Senior Leaving Certificate Examination (including Day School Certificate (Higher) General paper), 1949
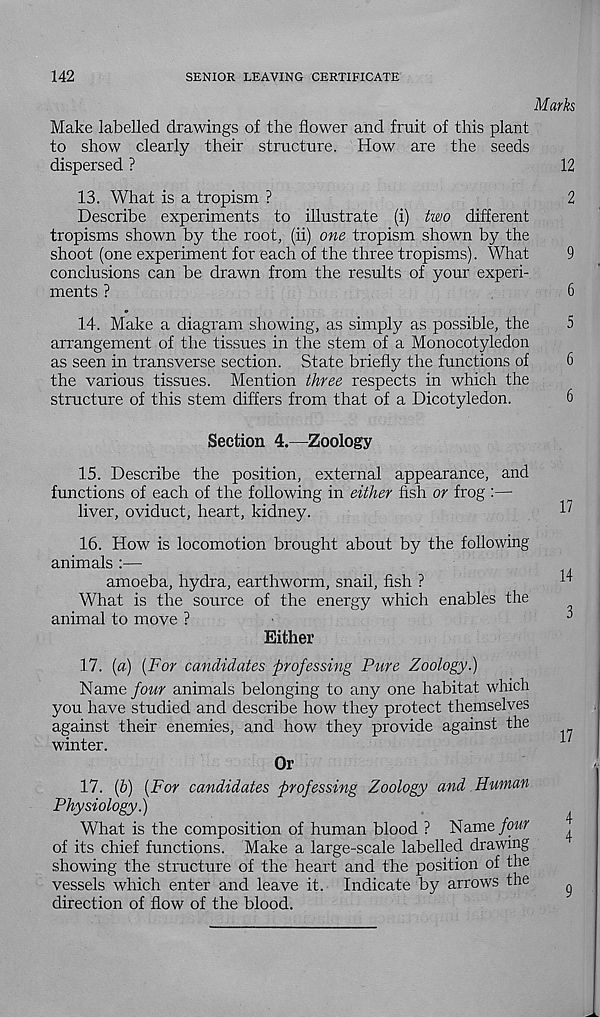
142
SENIOR LEAVING CERTIFICATE
Marks
Make labelled drawings of the flower and fruit of this plant
to show clearly their structure. How are the seeds
dispersed ?
12
13. What is a tropism ?
2
Describe experiments to illustrate (i) two different
tropisms shown by the root, (ii) one tropism shown by the
shoot (one experiment for each of the three tropisms). What
9
conclusions can be drawn from the results of your experi-
ments ?
6
14. Make a diagram showing, as simply as possible, the
5
arrangement of the tissues in the stem of a Monocotyledon
as seen in transverse section. State briefly the functions of
6
the various tissues. Mention three respects in which the
structure of this stem differs from that of a Dicotyledon.
6
Section 4.—Zoology
15. Describe the position, external appearance, and
functions of each of the following in either fish or frog :—
liver, oviduct, heart, kidney.
16. How is locomotion brought about by the following
animals :—
amoeba, hydra, earthworm, snail, fish ?
What is the source of the energy which enables the
animal to move ?
Either
17. (a) [For candidates professing Pure Zoology.)
Name four animals belonging to any one habitat which
you have studied and describe how they protect themselves
against their enemies, and how they provide against the
winter.
Or
17. (p) {For candidates professing Zoology and Human
Physiology.)
What is the composition of human blood ? Name four
of its chief functions. Make a large-scale labelled drawing
showing the structure of the heart and the position of the
vessels which enter and leave it. Indicate by arrows the
direction of flow of the blood.
17
14
3
17
4
4
9